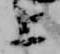
上